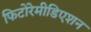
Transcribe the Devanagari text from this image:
फिटोरेमीडिएशन